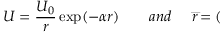
U = \frac { U _ { 0 } } { r } \exp ( - \alpha r ) { \qquad a n d \quad } \stackrel { \_ } { r } = (